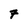
Character: 7